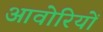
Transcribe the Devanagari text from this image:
आवोरियों